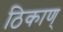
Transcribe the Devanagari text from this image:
ठिकाण्